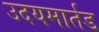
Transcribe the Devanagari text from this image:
उदयमार्तड